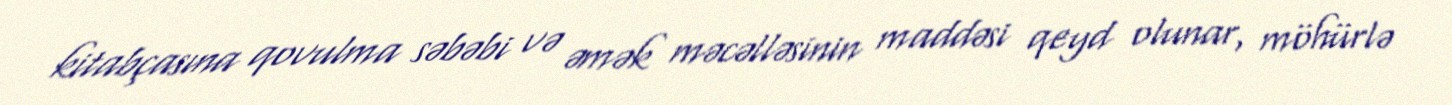
kitabçasına qovulma səbəbi və əmək məcəlləsinin maddəsi qeyd olunar, möhürlə